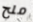
ملح